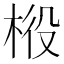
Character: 𣒃